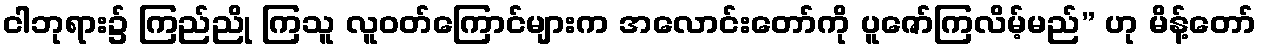
ငါဘုရား၌ ကြည်ညို ကြသူ လူဝတ်ကြောင်များက အလောင်းတော်ကို ပူဇော်ကြလိမ့်မည်” ဟု မိန့်တော်